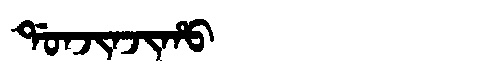
Manchu: ᡩᠣᠨᠵᡳᠨᠵᡳᡥᠣ
Romanization: DONJINJIHO